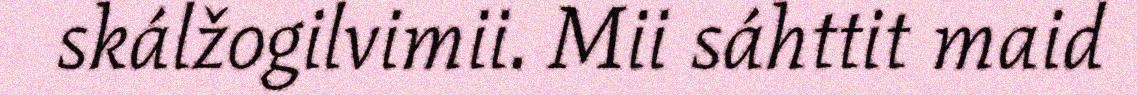
skálžogilvimii. Mii sáhttit maid